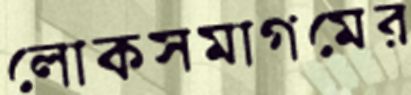
লোকসমাগমের